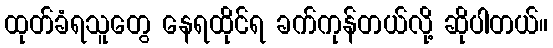
ထုတ်ခံရသူတွေ နေရထိုင်ရ ခက်ကုန်တယ်လို့ ဆိုပါတယ်။